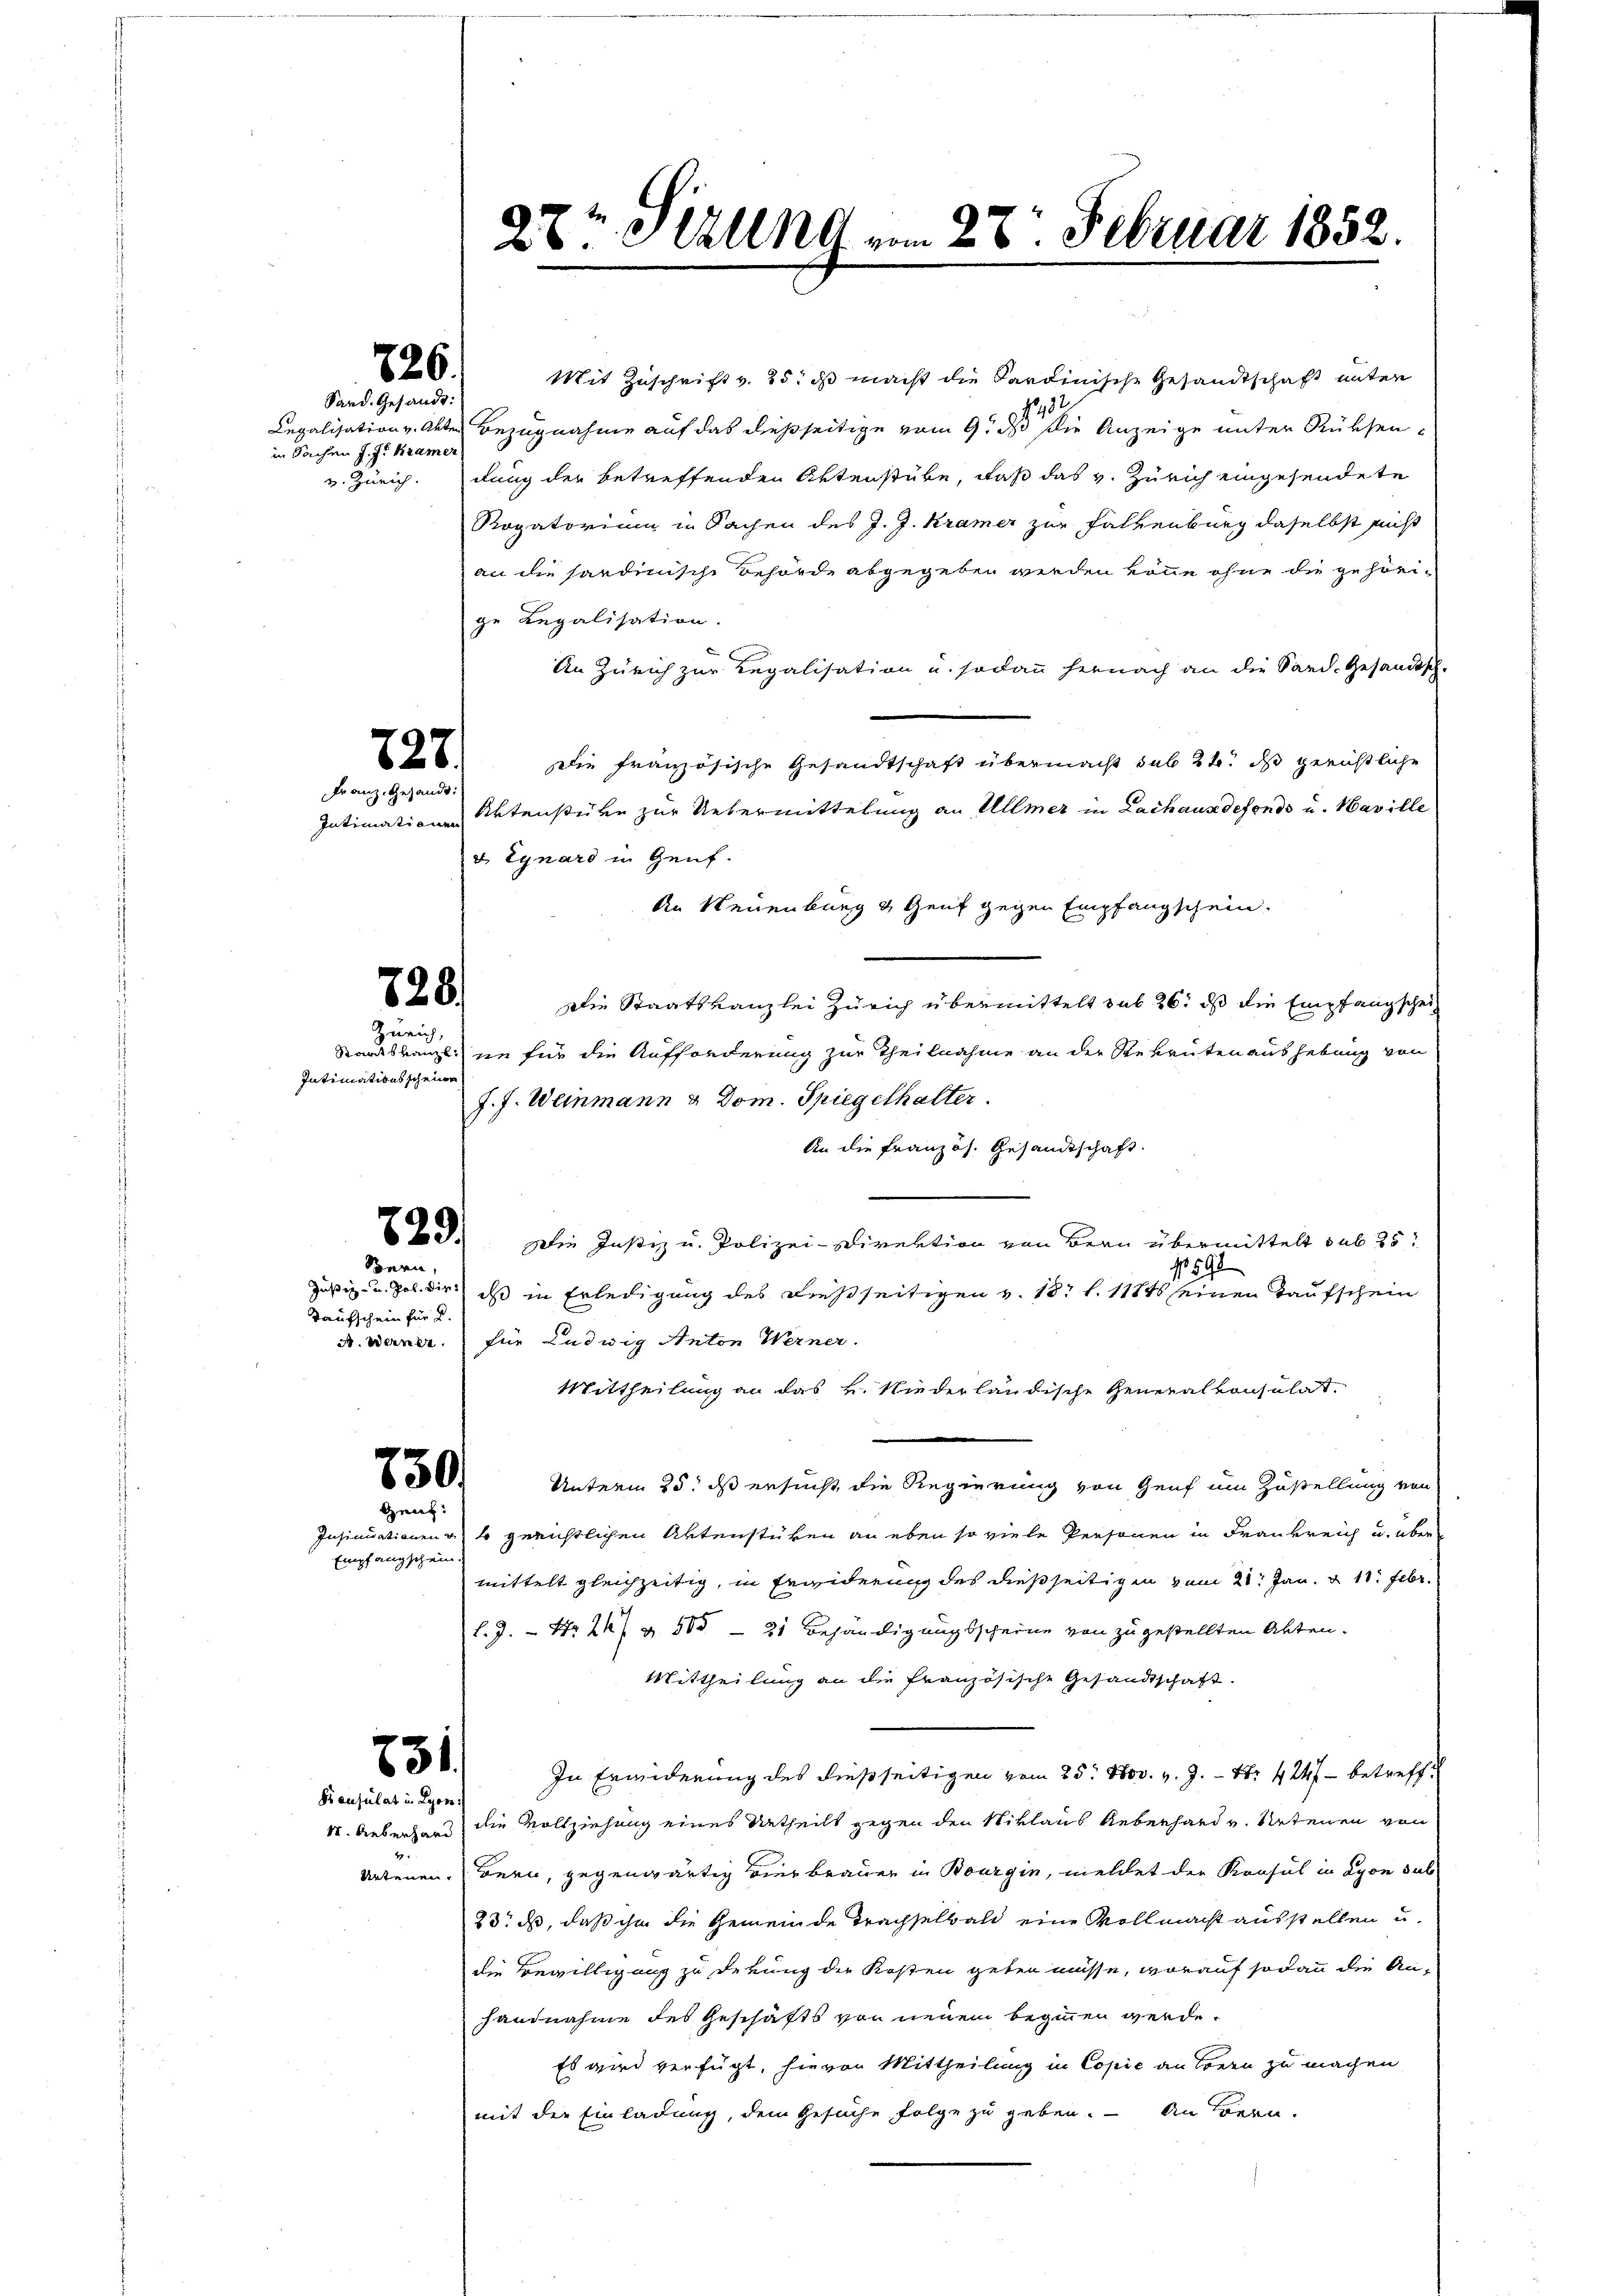
826.
Sard. Gesandt:

in Sachen J. J. Kramer
v. Zürich.

Intimatives scheine

Mit Zuschrift v. 25. ds macht die Sardinische Gesandtschaft unter
1312
Legalisation v. Akten Bezugnahme auf das dießseitige vom 9. d. die Anzeige unter Rüksendung der betreffenden Aktenstube, daß das v. Zürich eingesendete
Rogatorium in Sachen des J. J. Kramer zur Falkenburg daselbst nicht
an die hardinische Behörde abgegeben werden könne ohne die gehörige Legalisation.
An Zürich zur Regalisation u. sodann hernach an die Sand. Gesandtsch-
Die französische Gesandtschaft übermacht sub 24. ds gerichtliche
Aktenstüre zur Uebermittelung an Ullmer in Lachausdefonds u. Haville
v Egnard in Genf.
An Neuenburg & Genf gegen Empfangschein.
Die Staatskanzlei Zürich übermittelt sub 26. ds die Empfangschei¬
Standsbangte sie für die Aufforderung zur Theilnahme an der Rekruten aushebung von
J. J. Weinmann & Dom. Spiegethalter.
An die Französ. Gesandtschaft.
Die Justiz u. Polizei-Direktion von Bern übermittelt sub 25
N 591
Justiz- u. Jol. dir ds in Erledigung des dießseitigen v. 18 f. 1181 seinen Taufschein
für Ludwig Anton Werner.
Mittheilung an das v. Niederländische Generalkonsulat
Unterm 25. ds ersucht, die Regierung von Genf um Zustellung von
Insinuationen so gerichtlichen Aktenstüken an eben so viele Personen in Frankreich u. über
mittelt gleichzeitig, in Feriderung des dießseitigen vom 21. Jan. 11. Febr.
l. J. Nr. 247 § 500 — 21 Behändigungsscheine von zu gestellten Akten.
Mittheilung an die französische Gesandtschaft.
In Erwiderung des dießseitigen vom 25. Nov. v. J. Nr. 424 f - betreff
I. Ueberhard die Vollziehung eines Urtheils gegen den Niklaus Ueberhard v. Retenen von
Artenen Bern, gegenwärtig vier Brauer in Bourgie, meldet der Konsul in Lyon sub
23. ds, daß ihm die Gemeinde Trachselbald eine Vollmacht ausstellen u.
die Bewilligung zu derung der Kosten geben müsse, worauf sodann die An-
handnahme des Geschäfts von neuem beginnen werde.
Es wird verfügt, hievon Mittheilung in Copie an Loren zu machen
mit der Einladung, dem Gesuche Folge zu geben. – An Bern.

727
Franz, Gesandt:

Intimationen

828/
Zürich,

829/

Spern,
Taufschein für d.
A. Werner

750.
Grenz.

Empfangschein.

731
Konsulat in Lyon:

27. Allnd vom 28. Februar 1852.